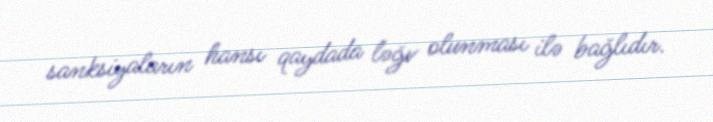
sanksiyaların hansı qaydada ləğv olunması ilə bağlıdır.